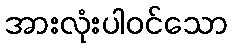
အားလုံးပါဝင်သော